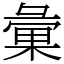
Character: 彙